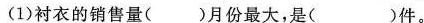
1)衬衣的销售量( )月份最大，是( )件。